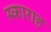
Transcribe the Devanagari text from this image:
स्काराह